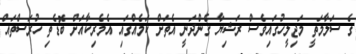
ގެ ސަލާމަތީ މަޖިލީހުގައިވެސް ރަޝިޔާ ގެންދަނީ އެތަށް ކަމެއްގައި އެމެރިކާއަށް ބޮޑެތި ހުރަސްތައް